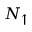
N _ { \uparrow }